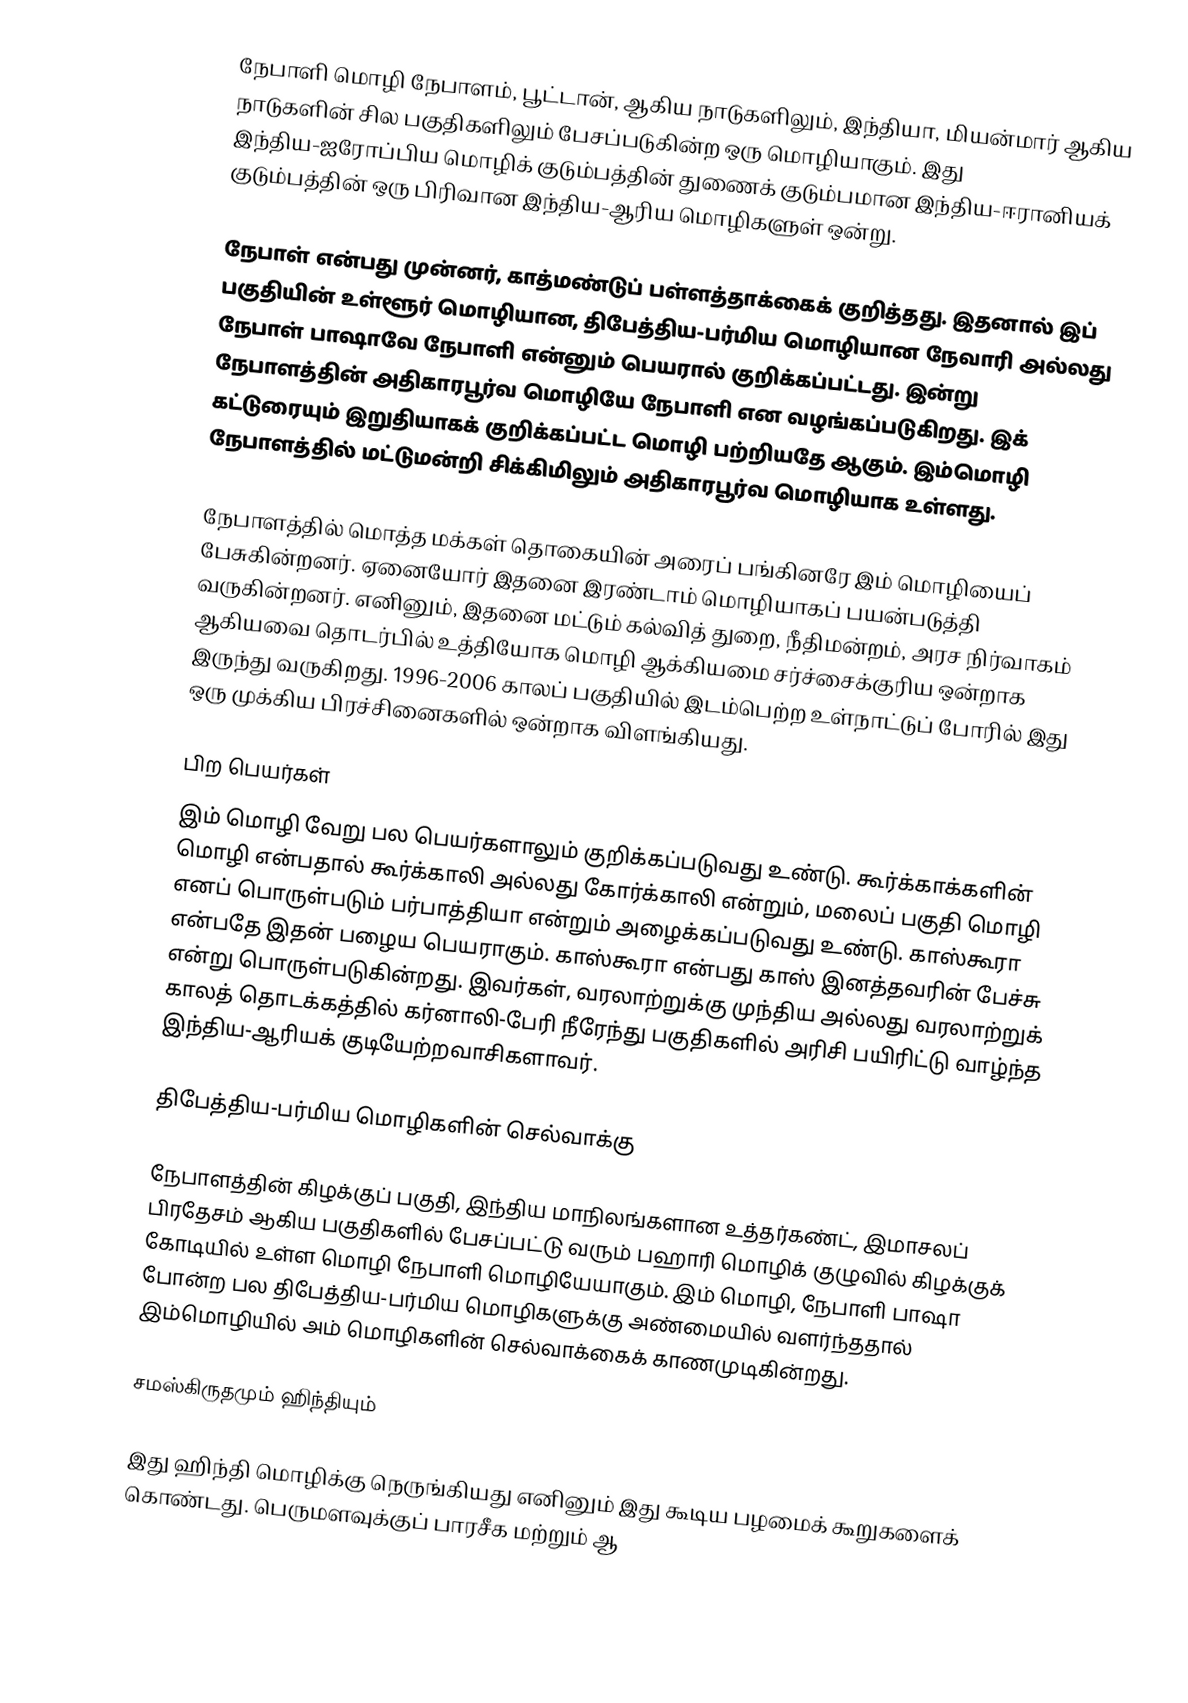
நேபாளி மொழி நேபாளம், பூட்டான், ஆகிய நாடுகளிலும், இந்தியா, மியன்மார் ஆகிய நாடுகளின் சில பகுதிகளிலும் பேசப்படுகின்ற ஒரு மொழியாகும். இது இந்திய-ஐரோப்பிய மொழிக் குடும்பத்தின் துணைக் குடும்பமான இந்திய-ஈரானியக் குடும்பத்தின் ஒரு பிரிவான இந்திய-ஆரிய மொழிகளுள் ஒன்று.

நேபாள் என்பது முன்னர், காத்மண்டுப் பள்ளத்தாக்கைக் குறித்தது. இதனால் இப் பகுதியின் உள்ளூர் மொழியான, திபேத்திய-பர்மிய மொழியான நேவாரி அல்லது நேபாள் பாஷாவே நேபாளி என்னும் பெயரால் குறிக்கப்பட்டது. இன்று நேபாளத்தின் அதிகாரபூர்வ மொழியே நேபாளி என வழங்கப்படுகிறது. இக் கட்டுரையும் இறுதியாகக் குறிக்கப்பட்ட மொழி பற்றியதே ஆகும். இம்மொழி நேபாளத்தில் மட்டுமன்றி சிக்கிமிலும் அதிகாரபூர்வ மொழியாக உள்ளது.

நேபாளத்தில் மொத்த மக்கள் தொகையின் அரைப் பங்கினரே இம் மொழியைப் பேசுகின்றனர். ஏனையோர் இதனை இரண்டாம் மொழியாகப் பயன்படுத்தி வருகின்றனர். எனினும், இதனை மட்டும் கல்வித் துறை, நீதிமன்றம், அரச நிர்வாகம் ஆகியவை தொடர்பில் உத்தியோக மொழி ஆக்கியமை சர்ச்சைக்குரிய ஒன்றாக இருந்து வருகிறது. 1996-2006 காலப் பகுதியில் இடம்பெற்ற உள்நாட்டுப் போரில் இது ஒரு முக்கிய பிரச்சினைகளில் ஒன்றாக விளங்கியது.

பிற பெயர்கள்
இம் மொழி வேறு பல பெயர்களாலும் குறிக்கப்படுவது உண்டு. கூர்க்காக்களின் மொழி என்பதால் கூர்க்காலி அல்லது கோர்க்காலி என்றும், மலைப் பகுதி மொழி எனப் பொருள்படும் பர்பாத்தியா என்றும் அழைக்கப்படுவது உண்டு. காஸ்கூரா என்பதே இதன் பழைய பெயராகும். காஸ்கூரா என்பது காஸ் இனத்தவரின் பேச்சு என்று பொருள்படுகின்றது. இவர்கள், வரலாற்றுக்கு முந்திய அல்லது வரலாற்றுக் காலத் தொடக்கத்தில் கர்னாலி-பேரி நீரேந்து பகுதிகளில் அரிசி பயிரிட்டு வாழ்ந்த இந்திய-ஆரியக் குடியேற்றவாசிகளாவர்.

திபேத்திய-பர்மிய மொழிகளின் செல்வாக்கு

நேபாளத்தின் கிழக்குப் பகுதி, இந்திய மாநிலங்களான உத்தர்கண்ட், இமாசலப் பிரதேசம் ஆகிய பகுதிகளில் பேசப்பட்டு வரும் பஹாரி மொழிக் குழுவில் கிழக்குக் கோடியில் உள்ள மொழி நேபாளி மொழியேயாகும். இம் மொழி, நேபாளி பாஷா போன்ற பல திபேத்திய-பர்மிய மொழிகளுக்கு அண்மையில் வளர்ந்ததால் இம்மொழியில் அம் மொழிகளின் செல்வாக்கைக் காணமுடிகின்றது.

சமஸ்கிருதமும் ஹிந்தியும்

இது ஹிந்தி மொழிக்கு நெருங்கியது எனினும் இது கூடிய பழமைக் கூறுகளைக் கொண்டது. பெருமளவுக்குப் பாரசீக மற்றும் ஆ